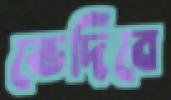
ভেদিবে